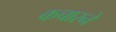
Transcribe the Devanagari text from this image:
कचारने